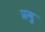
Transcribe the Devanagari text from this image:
प्रमु